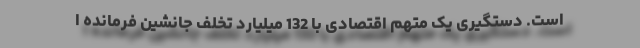
است. دستگیری یک متهم اقتصادی با 132 میلیارد تخلف جانشین فرمانده ا